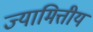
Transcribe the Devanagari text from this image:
ज्यामित्तीय